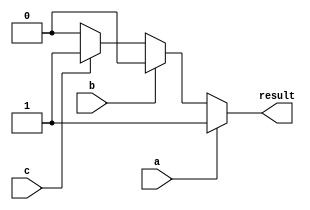
module priority_case_statement (
    input a,
    input b,
    input c,
    output reg result
);

always @* begin
    case(1)
        a: result <= 1;
        b: result <= 2;
        c: result <= 3;
        default: result <= 0;
    endcase
end

endmodule